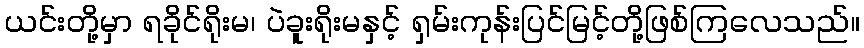
ယင်းတို့မှာ ရခိုင်ရိုးမ၊ ပဲခူးရိုးမနှင့် ရှမ်းကုန်းပြင်မြင့်တို့ဖြစ်ကြလေသည်။